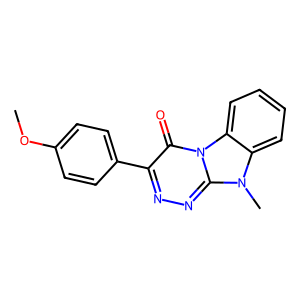
SMILES: COc1ccc(-c2nnc3n(C)c4ccccc4n3c2=O)cc1
Inhibits HIV replication: No